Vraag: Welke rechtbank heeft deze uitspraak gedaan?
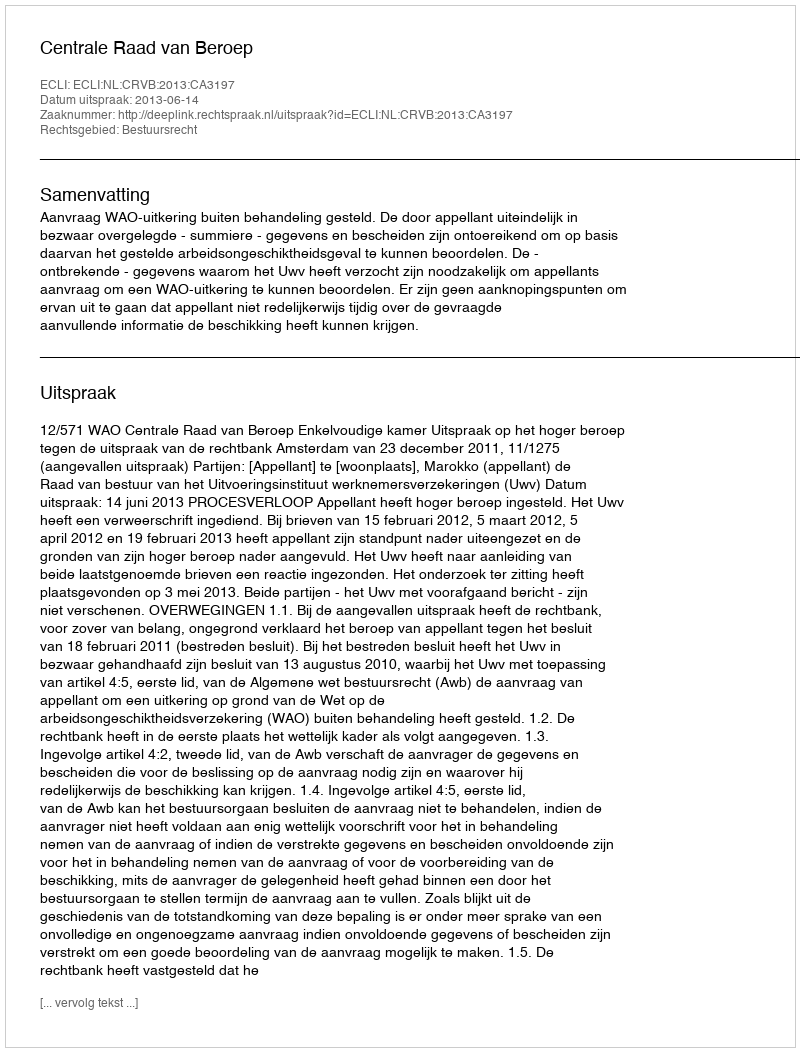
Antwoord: Centrale Raad van Beroep